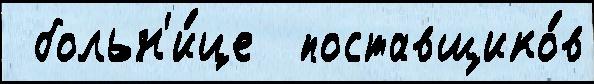
 больн'и́це  поставщико́в